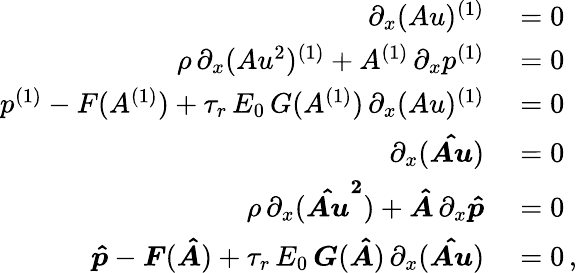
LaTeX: \begin{array}{rl}{\partial_{x}(Au)^{(1)}}&{{}=0}\\ {\rho\, \partial_{x}(Au^{2})^{(1)}+A^{(1)}\, \partial_{x}p^{(1)}}&{{}=0}\\ {p^{(1)}-F(A^{(1)})+\tau_{r}\, E_{0}\, G(A^{(1)})\, \partial_{x}(Au)^{(1)}}&{{}=0}\\ {\partial_{x}(\boldsymbol{\hat{Au}})}&{{}=0}\\ {\rho\, \partial_{x}(\boldsymbol{\hat{Au}^{2}})+\boldsymbol{\hat{A}}\, \partial_{x}\boldsymbol{\hat{p}}}&{{}=0}\\ {\boldsymbol{\hat{p}}-\boldsymbol{F}(\boldsymbol{\hat{A}})+\tau_{r}\, E_{0}\, \boldsymbol{G}(\boldsymbol{\hat{A}})\, \partial_{x}(\boldsymbol{\hat{Au}})}&{{}=0\, ,}\end{array}